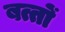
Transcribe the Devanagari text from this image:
बत्तों